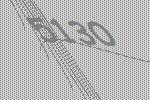
5130